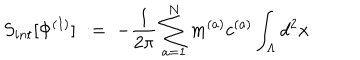
S _ { i n t } [ \Phi ^ { ( I ) } ] \; : = \; - \frac { 1 } { 2 \pi } \sum _ { a = 1 } ^ { N } m ^ { ( a ) } c ^ { ( a ) } \int _ { \Lambda } d ^ { 2 } x \;